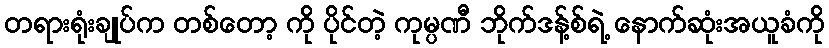
တရားရုံးချုပ်က တစ်တော့ ကို ပိုင်တဲ့ ကုမ္ပဏီ ဘိုက်ဒန့်စ်ရဲ့ နောက်ဆုံးအယူခံကို